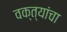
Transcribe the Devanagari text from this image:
वक्त्यांचा